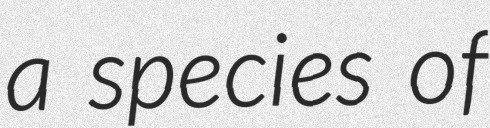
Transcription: a species of